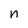
Character: n